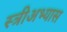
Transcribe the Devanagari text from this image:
स्त्रीअभ्यास